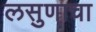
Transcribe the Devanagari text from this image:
लसुणाचा